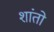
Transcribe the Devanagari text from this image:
शांतो